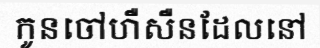
កូនចៅហឺសឺនដែលនៅ